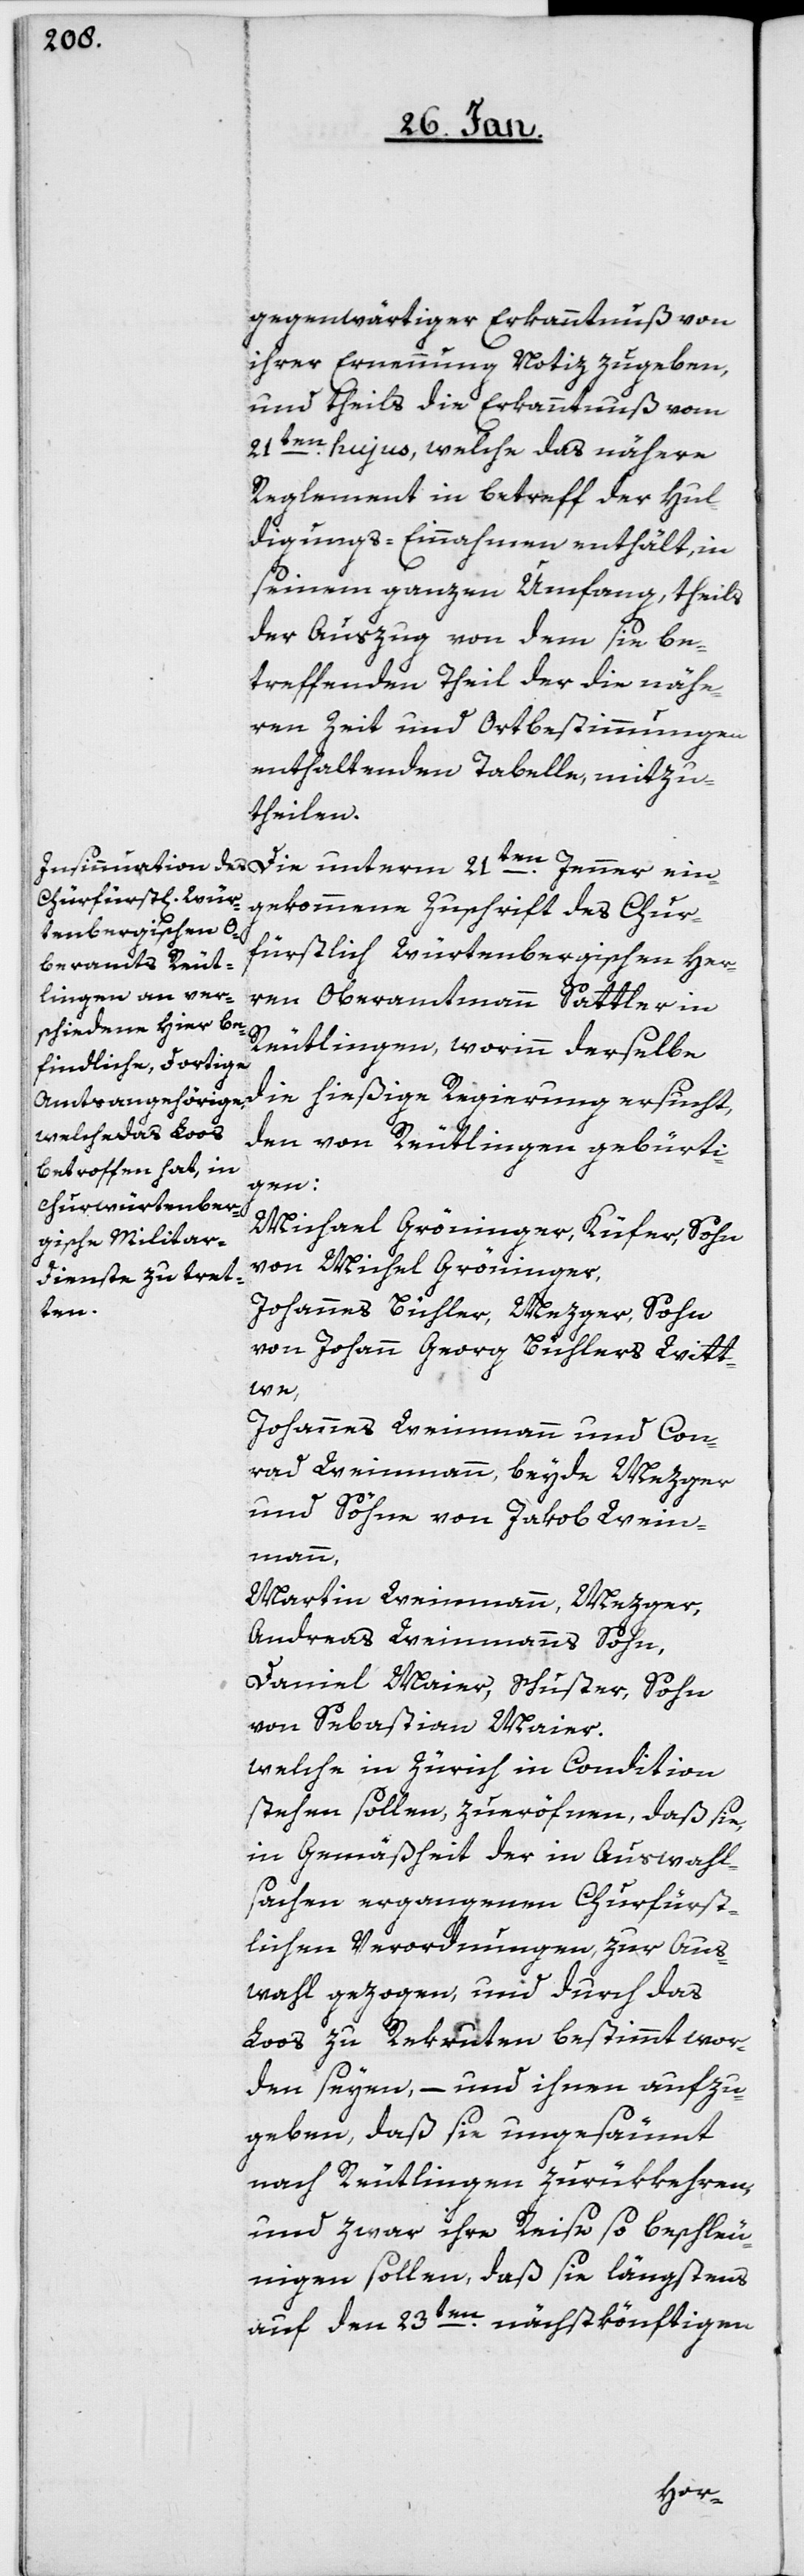
gegenwärtiger Erkanntnuß von
ihrer Ernennung Notiz zu geben,
und theils die Erkanntnuß vom
21sten. hujus, welche das nähere
Reglement in betreff der Hul¬
digungs-Einnahmen enthält, in
seinem ganzen Umfang, theils
der Auszug von dem sie be¬
treffenden Theil der die nähe¬
ren Zeit und Ortbestimmungen
enthaltenden Tabelle, mitzu¬
theilen.
Die unterm 21ten. Jenner ein¬
gekommene Zuschrift des Chur¬
fürstlich Würtembergischen Her¬
ren Oberamtmann Sattler in
Reutlingen, worinn derselbe
die hießige Regierung ersucht,
den von Reutlingen gebürti¬
gen:
Michael Gröninger, Küfer, Sohn
des Michel Gröninger,
Johannes Bühler, Mezger, Sohn
von Johann Georg Bühlers Witt¬
we,
Johannes Weinmann und Con¬
rad Weinmann, beyde Mezger
und Söhne von Jakob Wein¬
mann,
Martin Weinmann, Mezger,
Andreas Weinmanns Sohn,
Daniel Maier, Schuster, Sohn
von Sebastian Maier.
welche in Zürich in Condition
stehen sollen, zueröfnen, daß sie,
in Gemäßheit der in Auswahl¬
sachen ergangenen Churfürst¬
lichen Verordnungen, zur Aus¬
wahl gezogen, und durch das
Loos zu Rekruten bestimmt wor¬
den seyen, – und ihnen aufzu¬
geben, daß sie ungesäumt
nach Reutlingen zurükkehren,
und zwar ihre Reise so beschleu¬
nigen sollen, daß sie längstens
auf den 23sten. nächstkönftigen